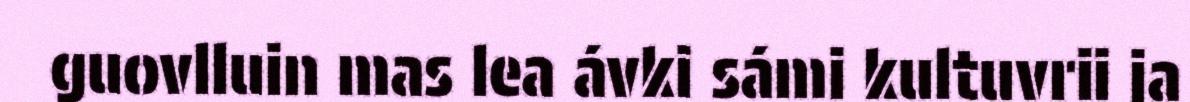
guovlluin mas lea ávki sámi kultuvrii ja